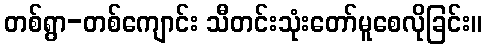
တစ်ရွာ-တစ်ကျောင်း သီတင်းသုံးတော်မူစေလိုခြင်း။